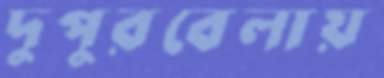
দুপুরবেলায়